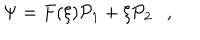
LaTeX: \Psi = F ( \xi ) { \cal P } _ { 1 } + \xi { \cal P } _ { 2 } \ \ \ ,